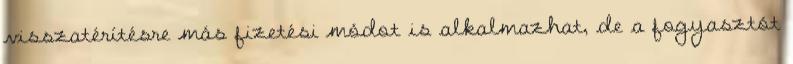
visszatérítésre más fizetési módot is alkalmazhat, de a fogyasztót